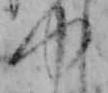
ゆ